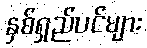
နှစ်ရှည်ပင်များ